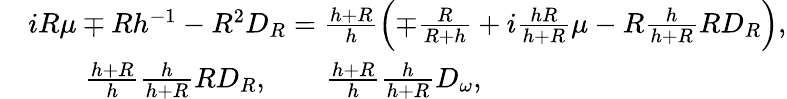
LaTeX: \begin{array}{rl}&{iR\mu\mp Rh^{-1}-R^{2}D_{R}=\frac{h+R}{h}\Bigl(\mp\frac{R}{R+h}+i\frac{hR}{h+R}\mu-R\frac{h}{h+R}RD_{R}\Bigr),}\\ &{\qquad\frac{h+R}{h}\frac{h}{h+R}RD_{R},\qquad\frac{h+R}{h}\frac{h}{h+R}D_{\omega},}\end{array}